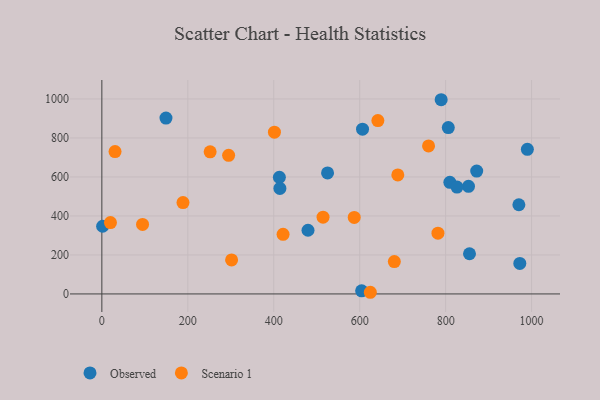
{"axis": {"x": "Price", "y": "Demand"}, "legend": ["Observed", "Scenario 1"], "data": [{"x": "872.3", "y": 630.2, "type": "Observed"}, {"x": "413.1", "y": 598.0, "type": "Observed"}, {"x": "853.2", "y": 552.0, "type": "Observed"}, {"x": "789.6", "y": 996.1, "type": "Observed"}, {"x": "855.5", "y": 206.0, "type": "Observed"}, {"x": "809.8", "y": 572.5, "type": "Observed"}, {"x": "149.2", "y": 901.9, "type": "Observed"}, {"x": "525.2", "y": 620.9, "type": "Observed"}, {"x": "1.8", "y": 347.2, "type": "Observed"}, {"x": "604.5", "y": 16.0, "type": "Observed"}, {"x": "606.6", "y": 844.9, "type": "Observed"}, {"x": "972.6", "y": 156.5, "type": "Observed"}, {"x": "970.4", "y": 457.3, "type": "Observed"}, {"x": "990.2", "y": 741.6, "type": "Observed"}, {"x": "414.3", "y": 541.2, "type": "Observed"}, {"x": "806.2", "y": 853.5, "type": "Observed"}, {"x": "826.4", "y": 548.0, "type": "Observed"}, {"x": "479.7", "y": 326.6, "type": "Observed"}, {"x": "188.8", "y": 468.6, "type": "Scenario 1"}, {"x": "514.7", "y": 393.6, "type": "Scenario 1"}, {"x": "94.7", "y": 356.6, "type": "Scenario 1"}, {"x": "30.7", "y": 730.1, "type": "Scenario 1"}, {"x": "421.7", "y": 305.9, "type": "Scenario 1"}, {"x": "295.0", "y": 710.8, "type": "Scenario 1"}, {"x": "252.0", "y": 728.7, "type": "Scenario 1"}, {"x": "401.6", "y": 829.9, "type": "Scenario 1"}, {"x": "782.1", "y": 311.6, "type": "Scenario 1"}, {"x": "624.7", "y": 8.5, "type": "Scenario 1"}, {"x": "20.0", "y": 366.0, "type": "Scenario 1"}, {"x": "760.2", "y": 759.2, "type": "Scenario 1"}, {"x": "688.7", "y": 610.5, "type": "Scenario 1"}, {"x": "680.6", "y": 166.0, "type": "Scenario 1"}, {"x": "587.3", "y": 392.2, "type": "Scenario 1"}, {"x": "301.9", "y": 174.4, "type": "Scenario 1"}, {"x": "642.3", "y": 889.1, "type": "Scenario 1"}]}